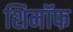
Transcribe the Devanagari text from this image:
शिमॉफ